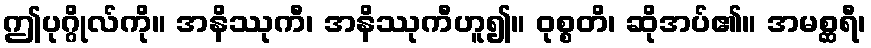
ဤပုဂ္ဂိုလ်ကို။ အနိဿုကီ၊ အနိဿုကီဟူ၍။ ဝုစ္စတိ၊ ဆိုအပ်၏။ အမစ္ဆရီ၊